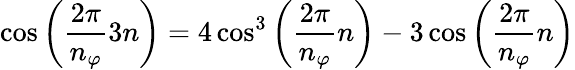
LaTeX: \cos\left(\frac{2\pi}{n_{\varphi}}3n\right)=4\cos^{3}\left(\frac{2\pi}{n_{\varphi}}n\right)-3\cos\left(\frac{2\pi}{n_{\varphi}}n\right)